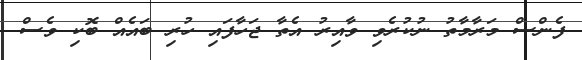
ފެންސް މަރާމާތު ނުކުރެވި ވާއިރު އެތާ ޖަހާފައި ހުރި ބައެއް ބޮކި ވެސް